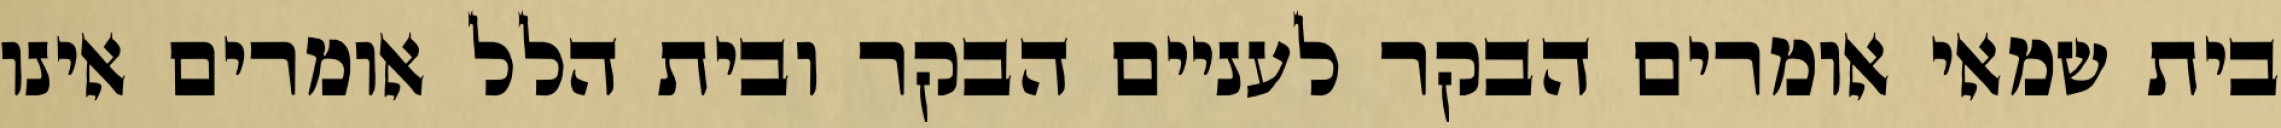
בית שמאי אומרים הבקר לעניים הבקר ובית הלל אומרים אינו